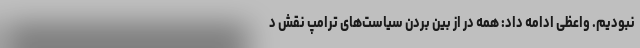
نبودیم. واعظی ادامه داد: همه در از بین بردن سیاست‌های ترامپ نقش د